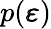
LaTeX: p(\pmb\varepsilon)